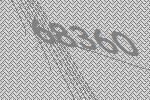
68360